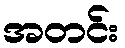
အတင်း